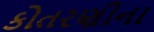
કોતરણીના